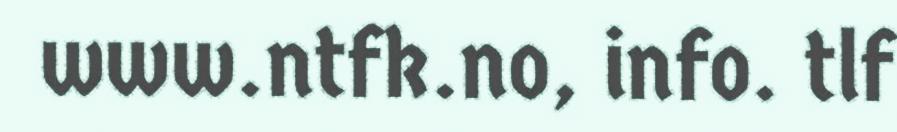
www.ntfk.no, info. tlf